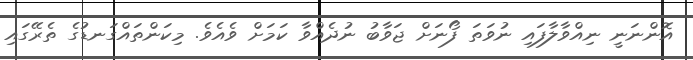
އޮންނަނީ ނިއްވާލާފައި ނުވަތަ ފޯނަށް ޖަވާބު ނުދެއްވާ ކަމަށް ވެއެވެ. މިކަންތައްގަނޑުގެ ތެރޭގައި